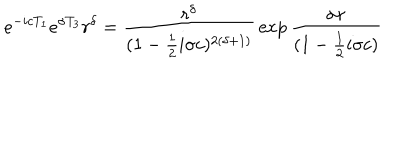
e ^ { - i c T _ { 1 } } e ^ { \sigma T _ { 3 } } r ^ { \delta } = { \frac { r ^ { \delta } } { ( 1 - { \frac { 1 } { 2 } } i \sigma c ) ^ { 2 ( \delta + 1 ) } } } \exp { { \frac { \sigma r } { ( 1 - { \frac { 1 } { 2 } } i \sigma c ) } } }